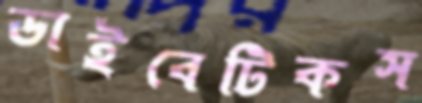
ডাইবেটিকস